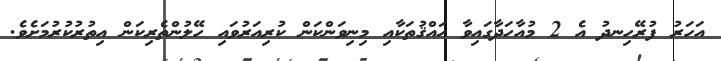
އަހަރު ފުރޭހިނދު އެ 2 މުއާހަދާގައިވާ ޙައްޤުތަކާއި މިނިވަންކަން ކުރިއަރުވައި ހޭލުންތެރިކަން އިތުރުކުރުމަށެވެ.